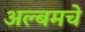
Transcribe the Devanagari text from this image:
अल्बमचे